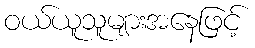
ဝယ်ယူသူများအနေဖြင့်